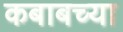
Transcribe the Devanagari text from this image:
कबाबच्या